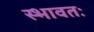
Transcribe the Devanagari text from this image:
स्भावतः